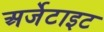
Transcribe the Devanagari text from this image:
अर्जेटाइट